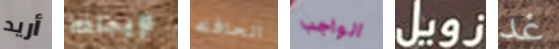
أريد لإيجاده الحافله الواجب زويل غد